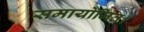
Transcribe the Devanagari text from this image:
समायोजित।